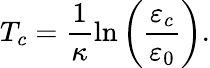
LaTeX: T_{c}=\frac{1}{\kappa}\ln\left(\frac{\varepsilon_{c}}{\varepsilon_{0}}\right).